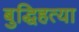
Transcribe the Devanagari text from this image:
बुद्धिहत्या